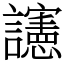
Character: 䜢